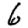
Digit: 6